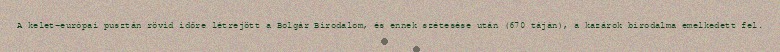
A kelet-európai pusztán rövid időre létrejött a Bolgár Birodalom, és ennek szétesése után (670 táján), a kazárok birodalma emelkedett fel.